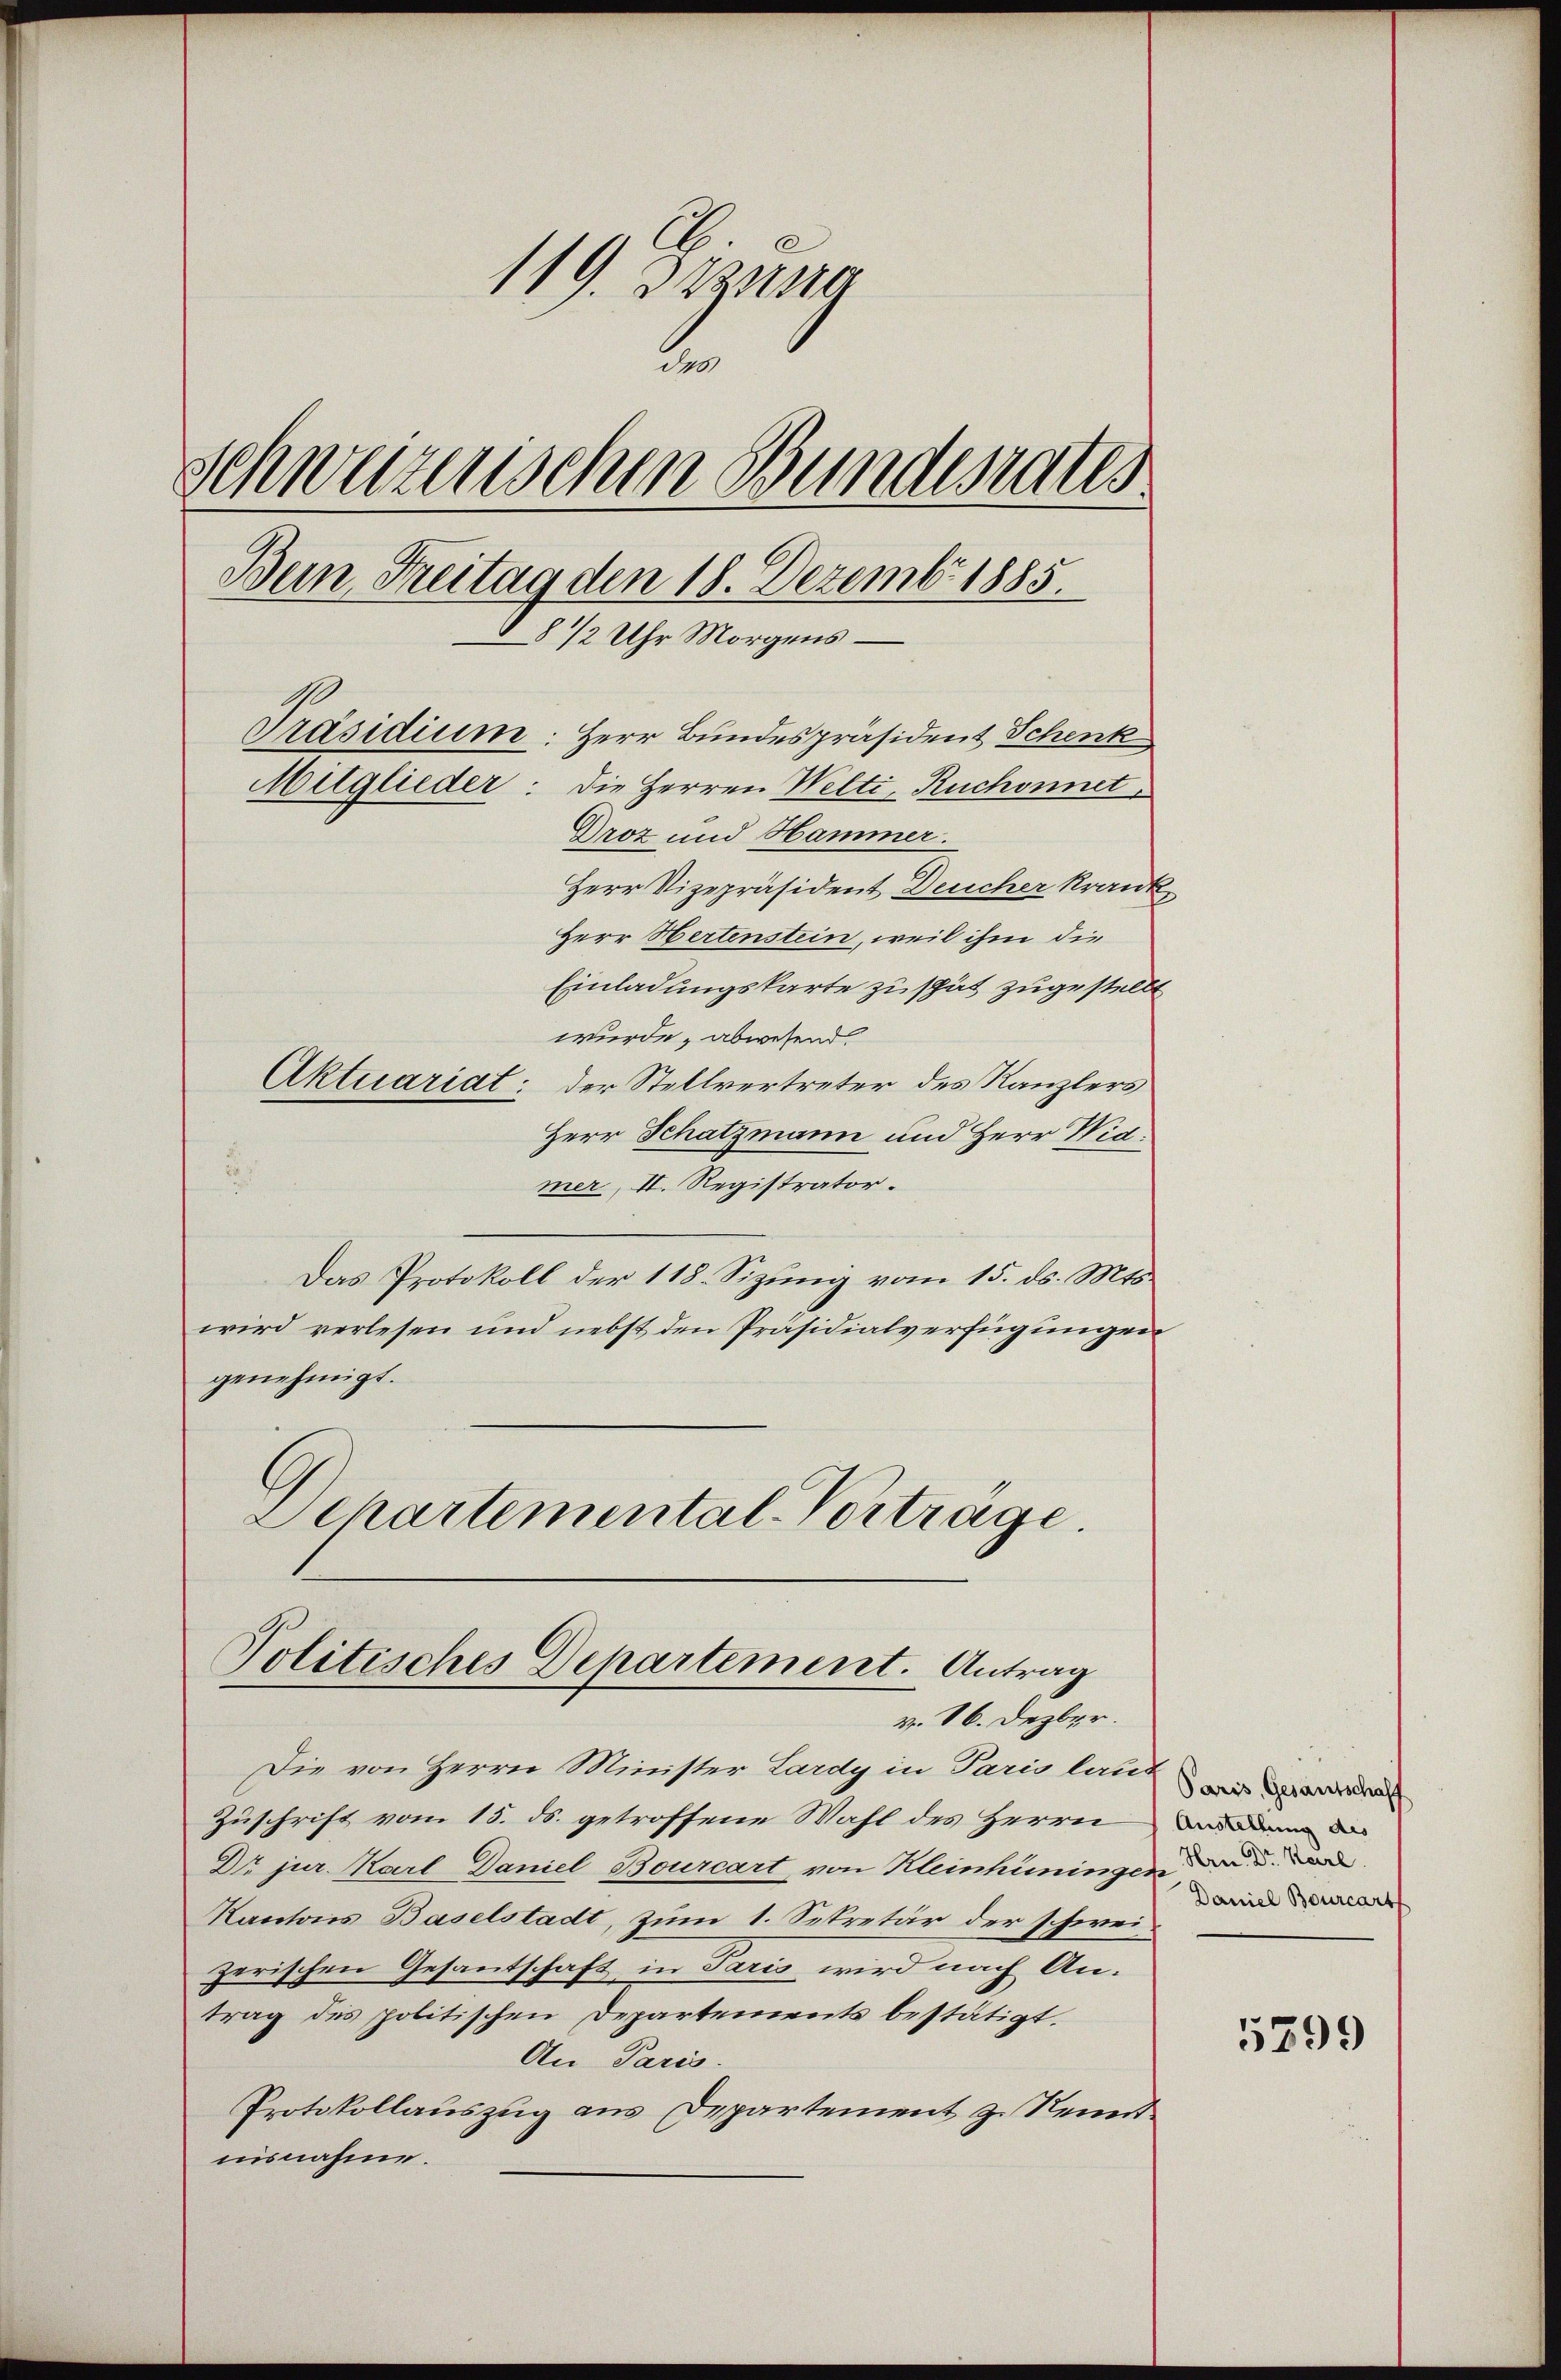
119. Dezura
2
Schwerenischen Bunderates
Bein Freitag den 18. Dezemb. 1885.
8 1/2 Uhr Morgens
Präsidium: Herr Bundespräsident Schenk
Mitglieder: die Herren Welti, Ruchonnet,
Droz und Hammer.
Herr Vizepräsident Deucher krank
Herr Hertenstein, weil ihm die
Einladungskarte zu spät zugestellt
wurde, abwesend
Aktuariat: der Stellvertreter des Kanzlers

Herr Schatzmann und Herr Wid
mer, II. Registrator.
Das Protokoll der 118. Sizung vom 15. ds. Mts.
wird verlesen und nebst den Präsidialverfügungen
genehmigt.
Dehartemental-Vortrage.

Politisches Departement. Antrag
v. 16. Dezbr.

Die von Herrn Minister Lardy in Paris laut wied
Zuschrift vom 15. ds. getroffene Wahl des Herrn
Dr jur. Karl Daniel Bourcart, von Kleinhüningen d. d. d
Kantons Baselstadt, zum 1. Sekretär der schwei
zerischen Gesantschaft in Paris wird nach Antrag des politischen Departements bestätigt.
An Paris.
Protokollauszug aus Departement z. Kenntiisnahme.

Austellung des
Daniel Bourcart

5399